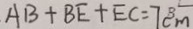
A B + B E + E C = 7 c m